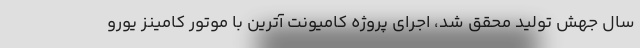
سال جهش تولید محقق شد، اجرای پروژه کامیونت آترین با موتور کامینز یورو